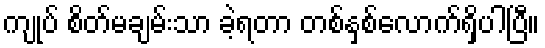
ကျုပ် စိတ်မချမ်းသာ ခဲ့ရတာ တစ်နှစ်လောက်ရှိပါပြီ။